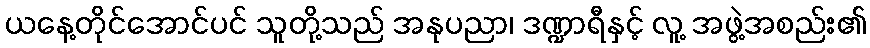
ယနေ့တိုင်အောင်ပင် သူတို့သည် အနုပညာ၊ ဒဏ္ဍာရီနှင့် လူ့ အဖွဲ့အစည်း၏